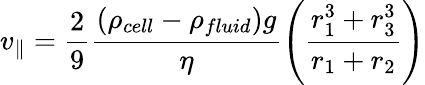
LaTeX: v_{\parallel}=\frac{2}{9}\frac{(\rho_{cell}-\rho_{fluid})g}{\eta}\left(\frac{r_{1}^{3}+r_{3}^{3}}{r_{1}+r_{2}}\right)